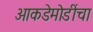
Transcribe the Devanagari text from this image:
आकडेमोडींचा